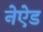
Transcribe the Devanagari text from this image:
नेऐड